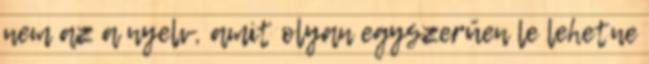
nem az a nyelv, amit olyan egyszerűen le lehetne